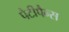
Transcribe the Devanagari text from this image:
पैटीपैन्स